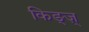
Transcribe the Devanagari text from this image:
किङ्ज़्